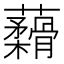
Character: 𬟟